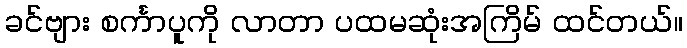
ခင်ဗျား စင်္ကာပူကို လာတာ ပထမဆုံးအကြိမ် ထင်တယ်။